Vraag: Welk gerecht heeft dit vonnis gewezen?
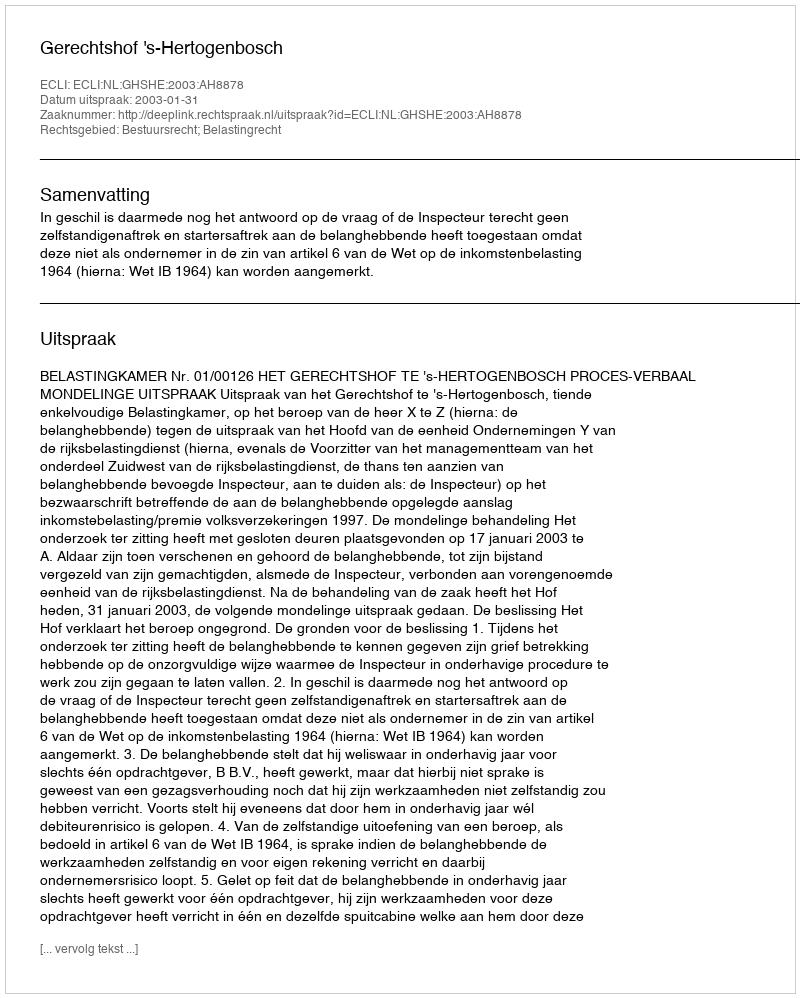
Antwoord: Gerechtshof 's-Hertogenbosch